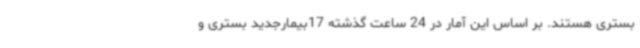
بستری هستند. بر اساس این آمار در 24 ساعت گذشته 17بیمارجدید بستری و